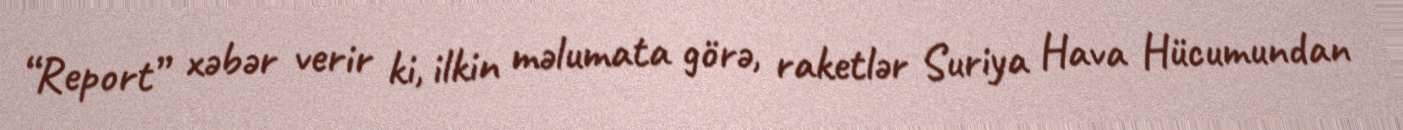
“Report” xəbər verir ki, ilkin məlumata görə, raketlər Suriya Hava Hücumundan